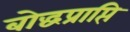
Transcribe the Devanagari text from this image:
बोद्धप्राप्ति